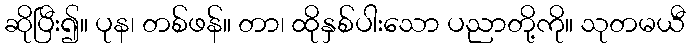
ဆိုပြီး၍။ ပုန၊ တစ်ဖန်။ တာ၊ ထိုနှစ်ပါးသော ပညာတို့ကို။ သုတမယီ